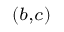
^ { ( b , c ) }